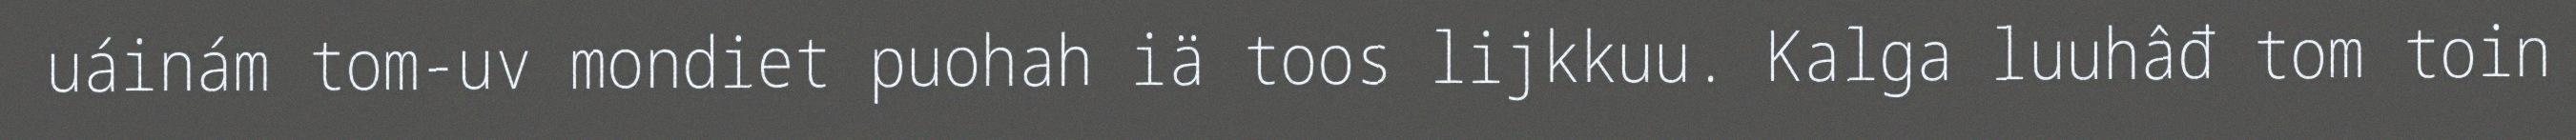
uáinám tom-uv mondiet puohah iä toos lijkkuu. Kalga luuhâđ tom toin